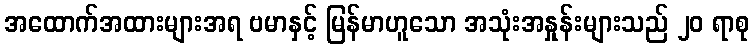
အထောက်အထားများအရ ဗမာနှင့် မြန်မာဟူသော အသုံးအနှုန်းများသည် ၂၀ ရာစု